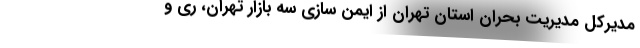
مدیرکل مدیریت بحران استان تهران از ایمن سازی سه بازار تهران، ری و